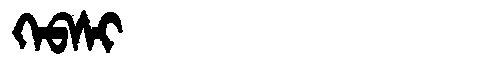
Manchu: ᡴᡝᠪᠰᡳ
Romanization: KEBSI